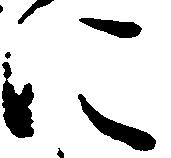
に